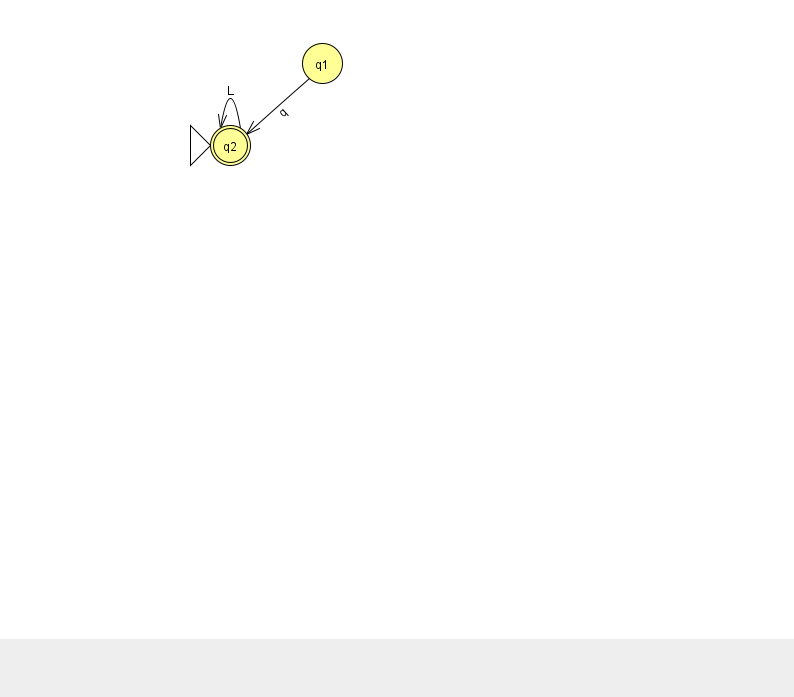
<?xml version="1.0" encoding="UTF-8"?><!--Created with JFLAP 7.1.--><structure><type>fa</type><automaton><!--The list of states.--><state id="1" name="q1"><x>322.0</x><y>50.0</y></state><state id="2" name="q2"><x>230.0</x><y>132.0</y><initial/><final/></state><!--The list of transitions.--><transition><from>1</from><to>2</to><read>q</read></transition><transition><from>2</from><to>2</to><read>L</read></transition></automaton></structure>